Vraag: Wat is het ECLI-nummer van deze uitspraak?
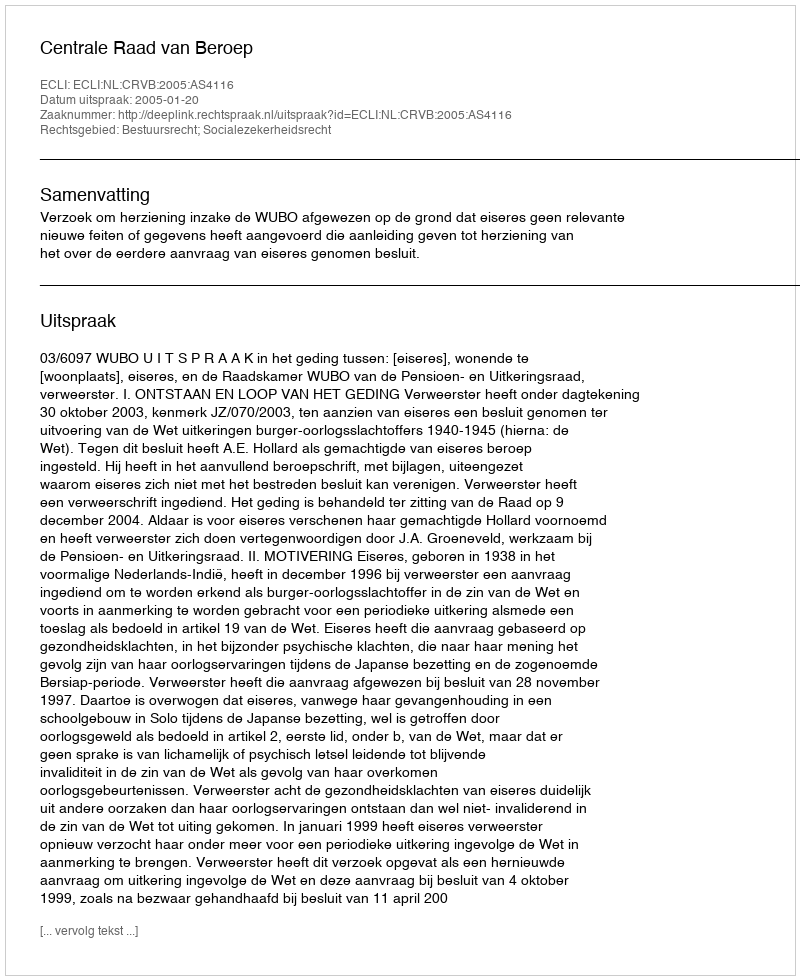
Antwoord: ECLI:NL:CRVB:2005:AS4116